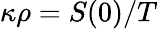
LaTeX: \kappa\rho=S(0)/T